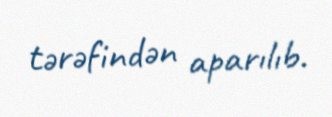
tərəfindən aparılıb.